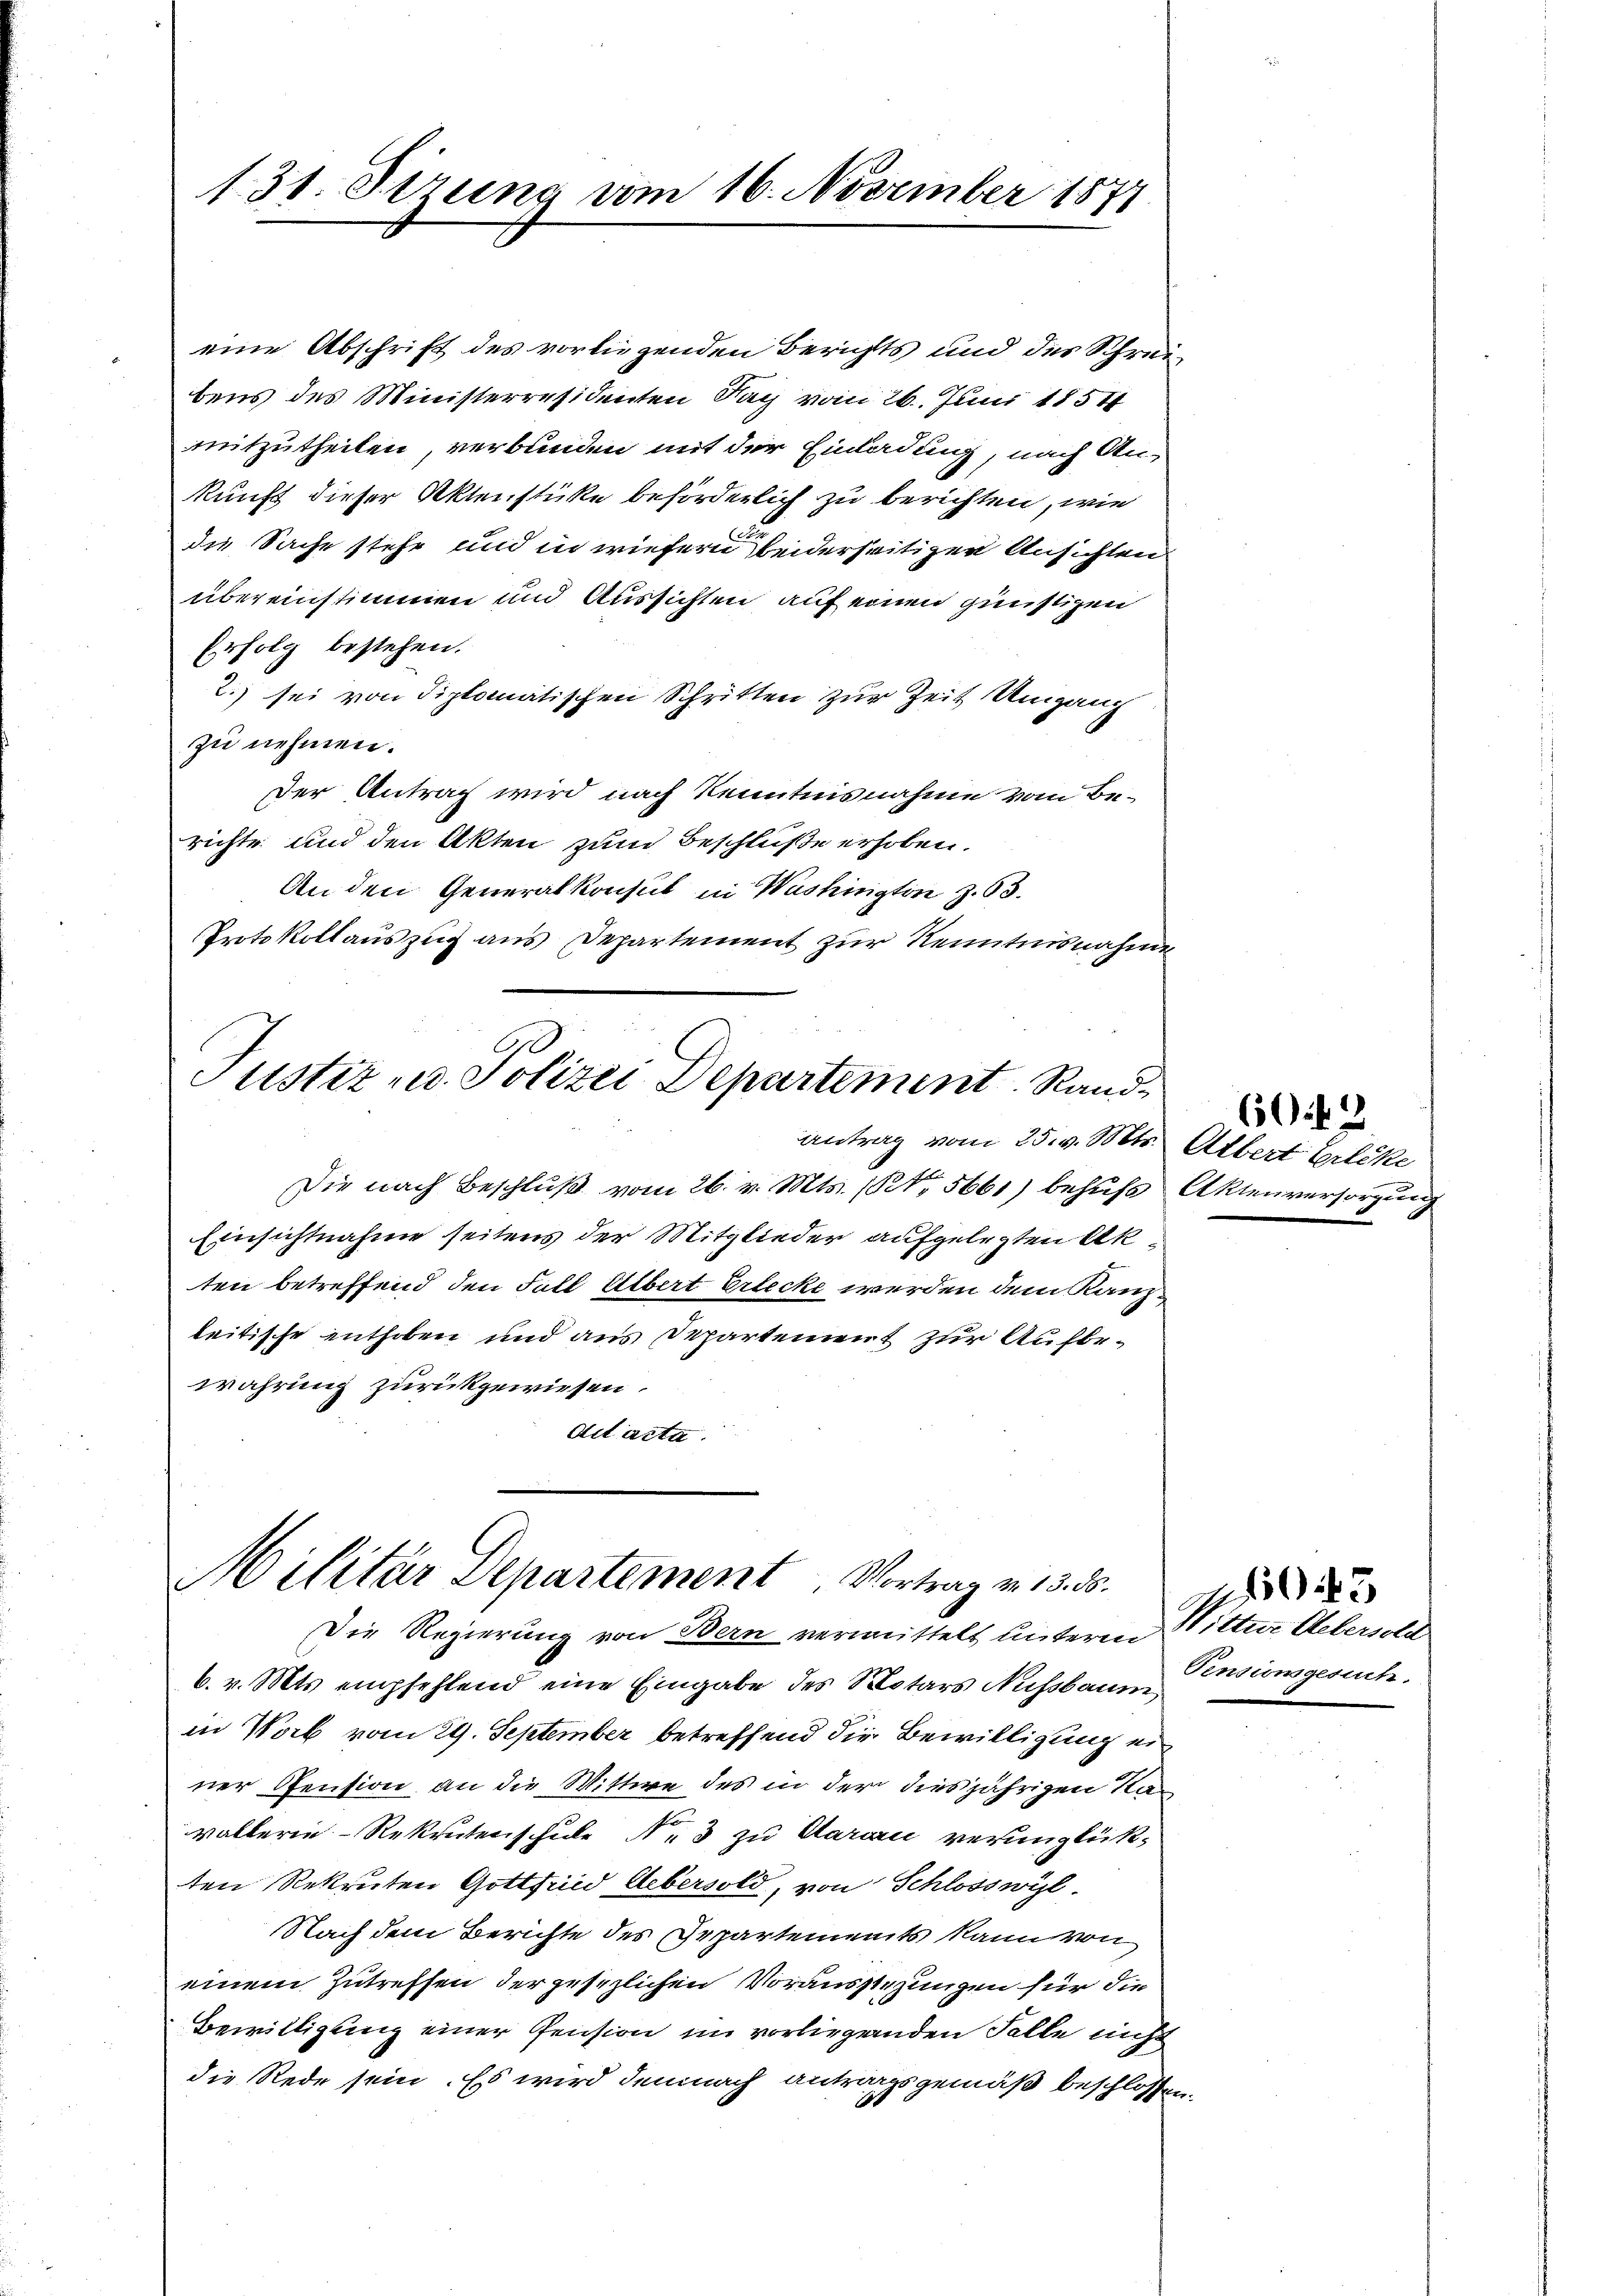
131. Stzung vom 16. November 1871

Erfolg bestehen.
zu nehmen.
Der Antrag wird nach Kenntnisnahme vom Berichte und den Akten zum Beschluße erhoben.
An den Generalkonsul in Washingten z. 63.
Protokollauszug aus Departement zur Kenntnisnahme

Justiz- u. Polizei Departement. Rand¬

eine Abschrift des vorliegenden Berichts und des Schreibens des Ministerresidenten Tag vom 26. Juni 1851
mitzutheilen, verbunden mit der Einladung, nach An-
kunft dieser Aktenstücke beförderlich zu berichten, wie
C
die Sache stehe und in wiefern beiderseitigen Ansichten
übereinstimmen und Aussichten auf einen günstigen
2.) sei von diplomatischen Schritten zur Zeit Umgang

Militär Departement Vortrag v. 13. ds.
Die Regierung von Bern vermittelt unterm Bitter Uebersold

Antrag vom 25. v. Mts.
Die nach Beschluß vom 26. v. Mts. (Ro. 5661) behufs
Einsichtnahme seitens der Mitglieder aufgelegten Akten betreffend den Fall Albert Erlecke werden dem Kanzleitische enthoben und aus Departement zur Aufbewahrung zurückgewiesen.
Act acta.

6. v. Mts. empfehlend eine Eingabe des Notars Nussbaum
in Worb vom 29. September betreffend die Bewilligung einer Pension an die Wittwe des in der diesjährigen Ravallerie-Rekrutenschule Nr. 3 zu Aarau verunglükten Rekruten Gottsind Uebersold, von Schlosswyl
Nach dem Berichte des Gepartements kann von
einem Zutreffen der gesezlichen Vorausstehungen für die
Bewilligung einer Pension im vorliegenden Falle nicht
die Rede sein. Es wird demnach antragsgemäß beschlossen.
t

6042
Albert Erleke
Aktenversorgung

Pensionsgesuch.

3